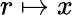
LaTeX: r\mapsto x